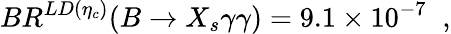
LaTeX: BR^{LD(\eta_{c})}(B\to X_{s}\gamma\gamma)=9.1\times 10^{-7}\; \; ,